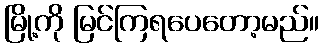
မြို့ကို မြင်ကြရပေတော့မည်။